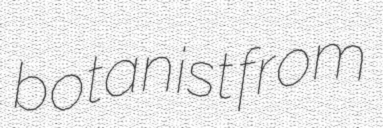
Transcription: botanist from